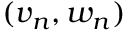
( v _ { n } , w _ { n } )